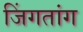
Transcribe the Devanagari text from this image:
जिंगतांग